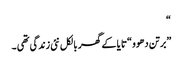
“
”برتن دھوو “تا یا کے گھر بالکل نئی زندگی تھی ۔